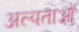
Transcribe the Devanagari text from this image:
अल्पताओं